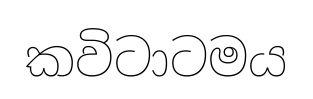
කවිටාටමය